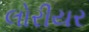
લોરીયર